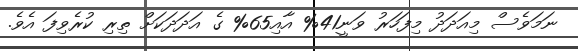
ނަމަވެސް މިއަދަދު މިފަހަރު ވަނީ41% އާއި65% ގެ އަދަދަކަށް ތިރި ކުރެވިފަ އެވެ.